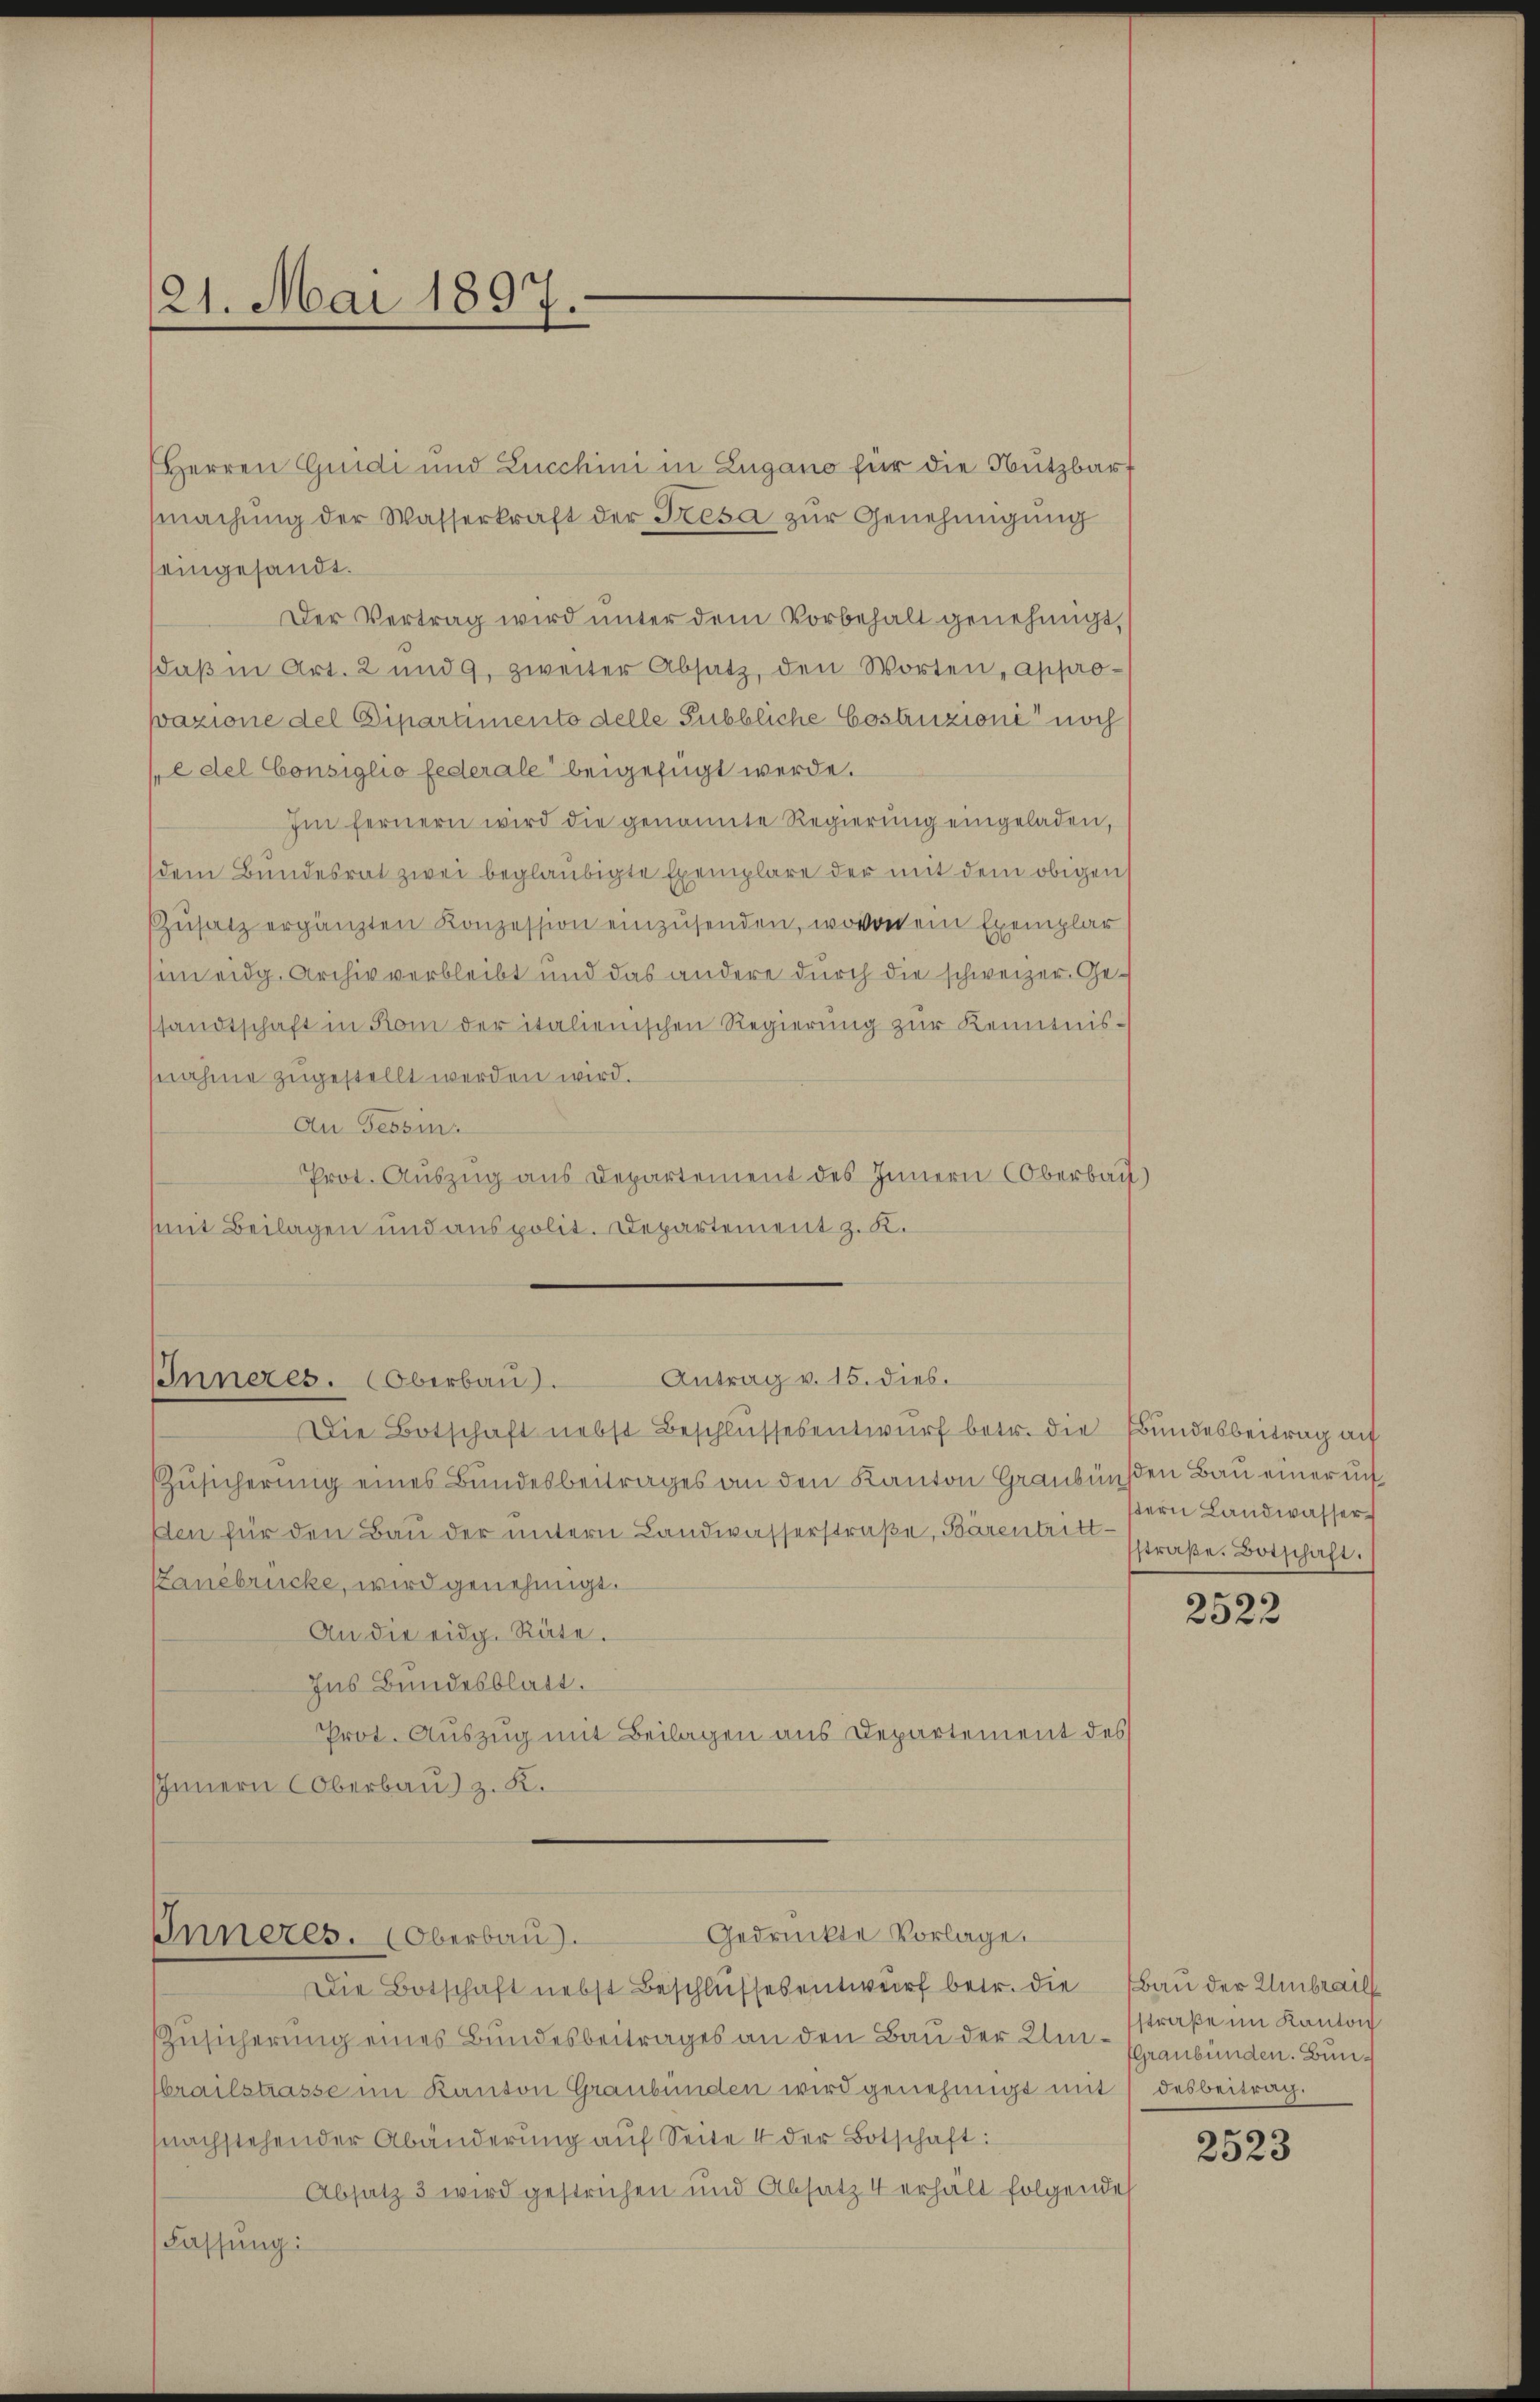
21. Mai 1897.

Antrag v. 15. dies.
Inneres. Oberbau).

Herren Quidi und Zucchini in Zugano für die Nutzbar
machŭng der Wasserkraft der Fresa zŭr Genehmigŭng
eingesandt.
Der Vertrag wird unter dem Vorbehalt genehmigt,
daβ in Art. 2 und 9, zweiter Absatz, den Worten, appro-
pazione del Dipartimento delle Subbliche Costruzioni noch
(edel Consiglio federale“ beigefügt werde.
Im fernern wird die genannte Regierŭng eingeladen,
dem Bundesrat zwei beglaubigte Exemplare der mit dem obigen
ZZŭsatz ergänzten Konzession einzusenden, wovon ein Exemplar
sim eidg. Archiv verbleibt und das andere durch die schweizer. Gesandtschaft in Rom der italienischen Regierŭng zŭr Kenntnisnahme zugestellt werden wird.
An Tessin
Prot. Auszug aus Departement des Innern Oberbach)
mit Beilagen und aus polit. Departement z. K.

ZZusicherung eines Bundesbeitrages an den Kanton Graubünden Bau einer un
den für den Bau der untern Landwasserstraße, Bärentritt¬
Hanébrücke, wird genehmigt.
An die eidg. Räte.
Ins Bundesblatt.
Prot. Auszug mit Beilagen aus Departement des
IInnern Oberbau) z. K.

Die Botschaft nebst Beschlussesentwurf betr. die Bundesbeitrag an

Gedrückte Vorlage.
Inneres. (Oberbau

stern Landwasserstraße. Botschaft.

Die Botschaft nebst Beschlŭssesentwŭrf betr. die Bau der Umbrail
Zusicherung eines Bundesbeitrages an den Bau der Um-straße im Kanton
brailstrasse im Kanton Graubünden wird genehmigt mit desbeitrag.
snachstehender Abänderung auf Seite 4 der Botschaft:
Absatz 3 wird gestrichen und Absatz 4 erhalt folgende
Fassung:

2522

(Graubünden. Bun¬

2523